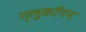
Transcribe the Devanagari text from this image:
ग्लुकॉगन